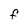
Character: F